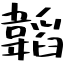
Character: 韜